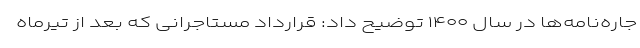
جاره‌نامه‌ها در سال ۱۴۰۰ توضیح داد: قرارداد مستاجرانی که بعد از تیرماه